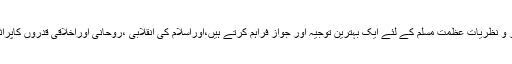
ان کے افکار و نظریات عظمت مسلم کے لئے ایک بہترین توجیہ اور جواز فراہم کرتے ہیں،اوراسلام کی انقلابی ،روحانی اوراخلاقی قدروں کاپراثرپیغام ہے ۔